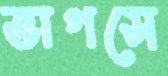
ভাগসে